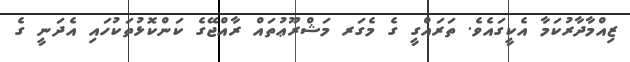
ޒިއްމާދާރުކަމާ އެކީގައެވެ. ތަރައްގީ ގެ މެގަރ މަޝްރޫޢުތައް ރާއްޖޭގެ ކަންކޮޅުތަކުހައި އެދަނީ ގެ